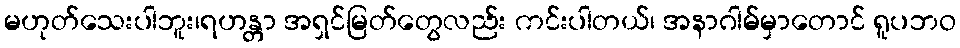
မဟုတ်သေးပါဘူး၊ရဟန္တာ အရှင်မြတ်တွေလည်း ကင်းပါတယ်၊ အနာဂါမ်မှာတောင် ရူပဘဝ